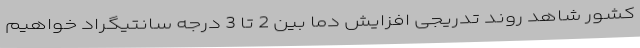
کشور شاهد روند تدریجی افزایش دما بین 2 تا 3 درجه سانتیگراد خواهیم